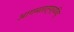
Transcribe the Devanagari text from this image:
आगमतात्पर्यविद्